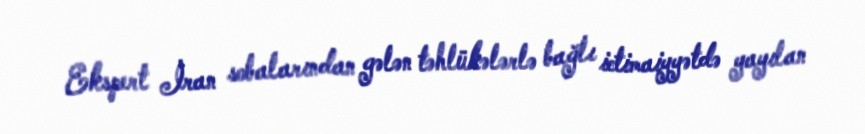
Ekspert İran sobalarından gələn təhlükələrlə bağlı ictimaiyyətdə yayılan